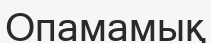
Опамамық